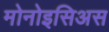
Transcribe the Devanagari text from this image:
मोनोइसिअस